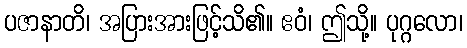
ပဇာနာတိ၊ အပြားအားဖြင့်သိ၏။ ဧဝံ၊ ဤသို့။ ပုဂ္ဂလော၊